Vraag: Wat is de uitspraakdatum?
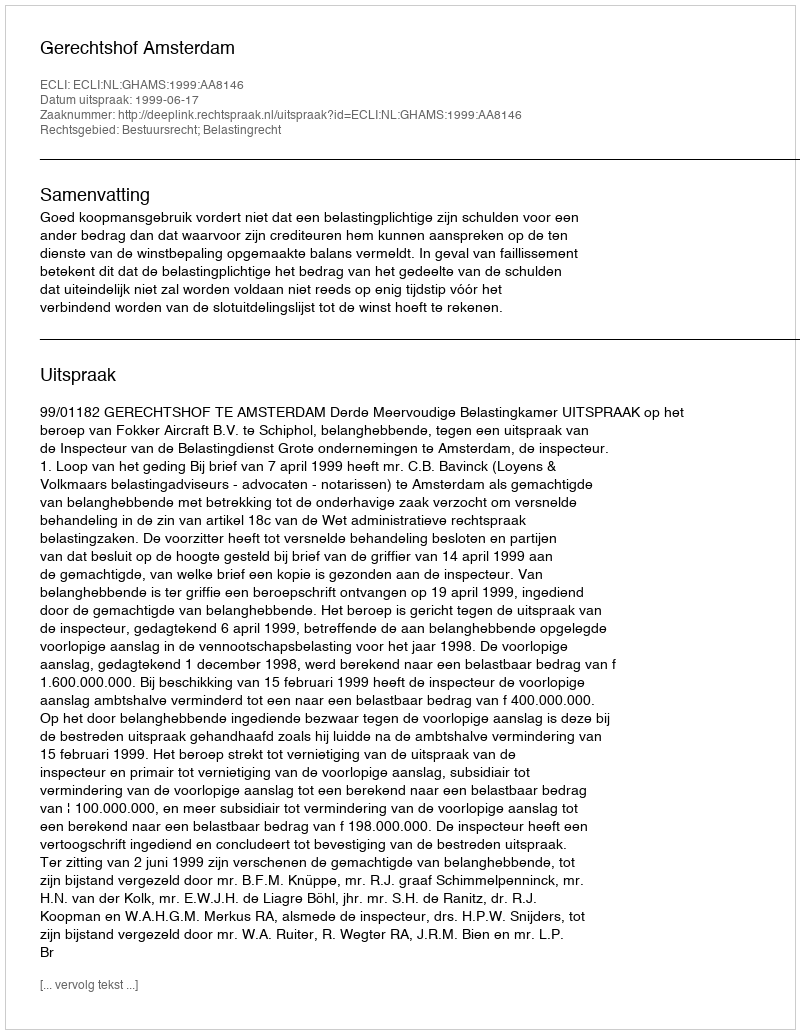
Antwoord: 1999-06-17